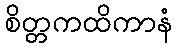
စိတ္တကထိကာနံ